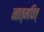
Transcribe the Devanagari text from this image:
नात्मवित्‌